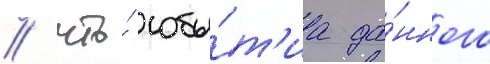
/ что́ собы́т'иа да́нного